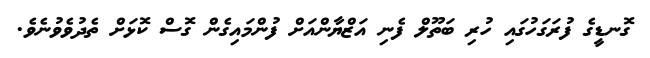
ގޮނޑީގެ ފުރަގަހުގައި ހުރި ބަތޫލް ފެނި އަޒްޔާންއަށް ފުންމައިގެން ގޮސް ކޮޅަށް ތެދުވެވުނެވެ.